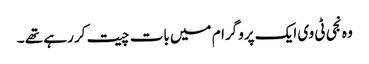
وہ نجی ٹی وی ایک پروگرام میں بات چیت کر رہے تھے ۔